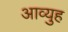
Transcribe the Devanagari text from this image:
आव्युह